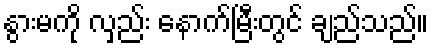
နွားမကို လှည်း နောက်မြီးတွင် ချည်သည်။